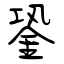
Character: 銎